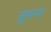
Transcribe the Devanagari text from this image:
नूमना